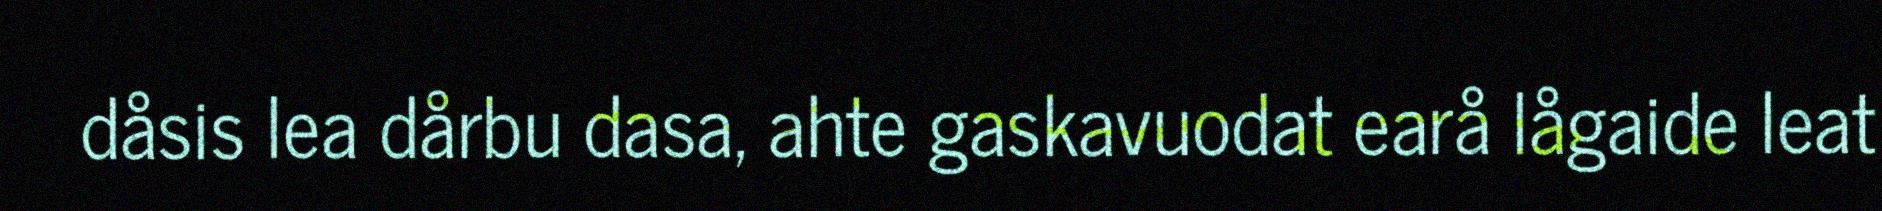
dåsis lea dårbu dasa, ahte gaskavuodat earå lågaide leat